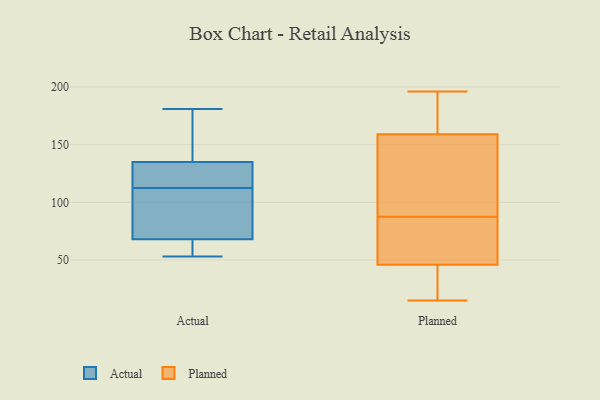
{"axis": {"x": "Active Users", "y": "Value"}, "legend": ["Actual", "Planned"], "data": [{"x": "", "y": 124, "type": "Actual"}, {"x": "", "y": 53, "type": "Actual"}, {"x": "", "y": 112, "type": "Actual"}, {"x": "", "y": 129, "type": "Actual"}, {"x": "", "y": 139, "type": "Actual"}, {"x": "", "y": 64, "type": "Actual"}, {"x": "", "y": 176, "type": "Actual"}, {"x": "", "y": 68, "type": "Actual"}, {"x": "", "y": 135, "type": "Actual"}, {"x": "", "y": 68, "type": "Actual"}, {"x": "", "y": 181, "type": "Actual"}, {"x": "", "y": 94, "type": "Actual"}, {"x": "", "y": 113, "type": "Actual"}, {"x": "", "y": 81, "type": "Actual"}, {"x": "", "y": 43, "type": "Planned"}, {"x": "", "y": 127, "type": "Planned"}, {"x": "", "y": 182, "type": "Planned"}, {"x": "", "y": 72, "type": "Planned"}, {"x": "", "y": 193, "type": "Planned"}, {"x": "", "y": 31, "type": "Planned"}, {"x": "", "y": 49, "type": "Planned"}, {"x": "", "y": 104, "type": "Planned"}, {"x": "", "y": 55, "type": "Planned"}, {"x": "", "y": 92, "type": "Planned"}, {"x": "", "y": 89, "type": "Planned"}, {"x": "", "y": 171, "type": "Planned"}, {"x": "", "y": 52, "type": "Planned"}, {"x": "", "y": 15, "type": "Planned"}, {"x": "", "y": 196, "type": "Planned"}, {"x": "", "y": 31, "type": "Planned"}, {"x": "", "y": 21, "type": "Planned"}, {"x": "", "y": 190, "type": "Planned"}, {"x": "", "y": 86, "type": "Planned"}, {"x": "", "y": 147, "type": "Planned"}]}